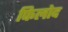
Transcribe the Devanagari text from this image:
फिलोद